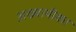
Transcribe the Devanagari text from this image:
अख्यायीका